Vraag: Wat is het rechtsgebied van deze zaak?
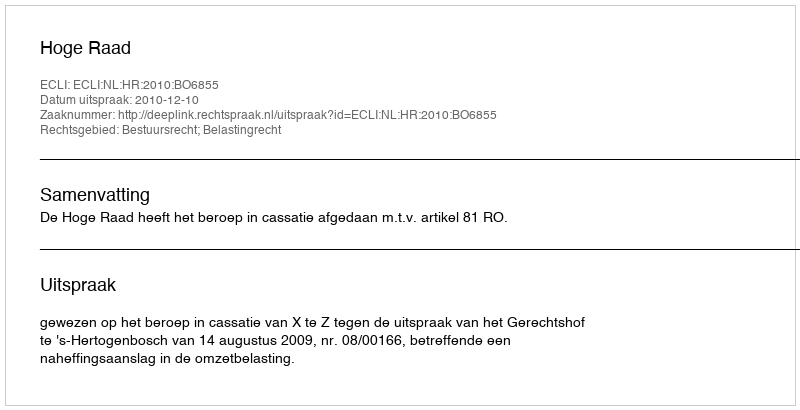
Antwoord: Bestuursrecht; Belastingrecht